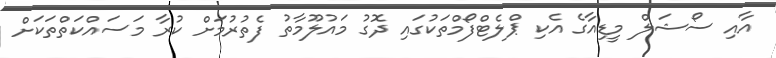
އާއި ސޯޝަލް މީޑިއާގެ އެކި ޕްލެޓްފޯމްތަކުގައި ދޮގު މައުލޫމާތު ފެތުރުމަށް ކުރާ މަސައްކަތްތަކަށް